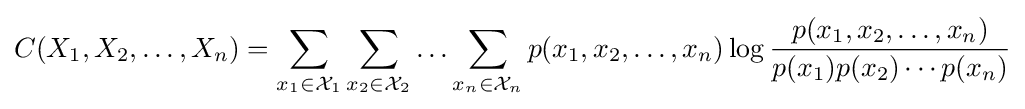
C(X_{1},X_{2},\ldots ,X_{n})=\sum _{x_{1}\in {\mathcal {X}}_{1}}\sum _{x_{2}\in {\mathcal {X}}_{2}}\ldots \sum _{x_{n}\in {\mathcal {X}}_{n}}p(x_{1},x_{2},\ldots ,x_{n})\log {\frac {p(x_{1},x_{2},\ldots ,x_{n})}{p(x_{1})p(x_{2})\cdots p(x_{n})}}